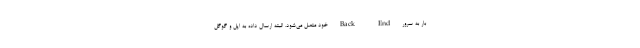
بار به سرور Back-End خود متصل می‌شود. البته ارسال داده به اپل و گوگل